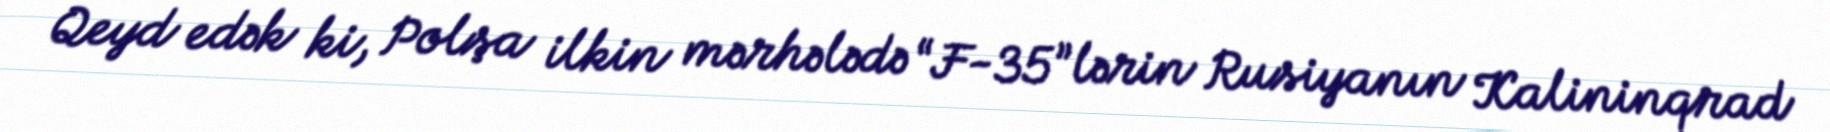
Qeyd edək ki, Polşa ilkin mərhələdə “F-35”lərin Rusiyanın Kalininqrad